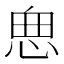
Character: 𱞜